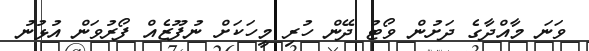
ވަނަ މާއްދާގެ ދަށުން ވޯޓު ދޭން ހުރި މީހަކަށް ނުފޫޒެެއް ފޯރުވަން އުޅުނު